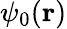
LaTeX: \psi_{0}(\mathbf{r})